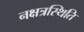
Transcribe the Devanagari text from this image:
नक्षत्रस्थिति